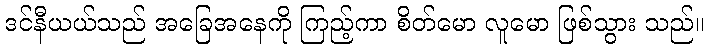
ဒင်နီယယ်သည် အခြေအနေကို ကြည့်ကာ စိတ်မော လူမော ဖြစ်သွား သည်။